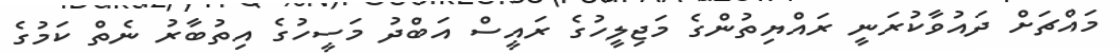
މައްޗަށް ދައުވާކުރަނީ ރައްޔިތުންގެ މަޖިލީހުގެ ރައީސް އަބްދު މަސީހުގެ އިތުބާރު ނެތް ކަމުގެ